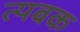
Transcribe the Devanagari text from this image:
त्यबक